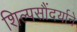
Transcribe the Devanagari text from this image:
शिल्पसौंदर्याने